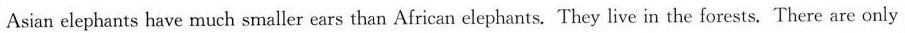
Asian elephants have much smaller ears than African clephants. They live in the forests. There are